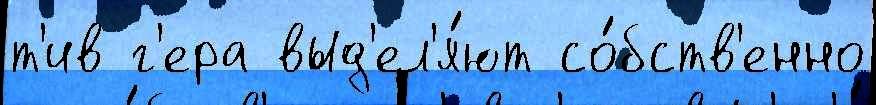
т'ив г'ера выд'ел'я́ют со́бств'енно